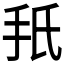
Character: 𫼙